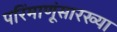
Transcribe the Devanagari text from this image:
परिंमाणूंसारख्या